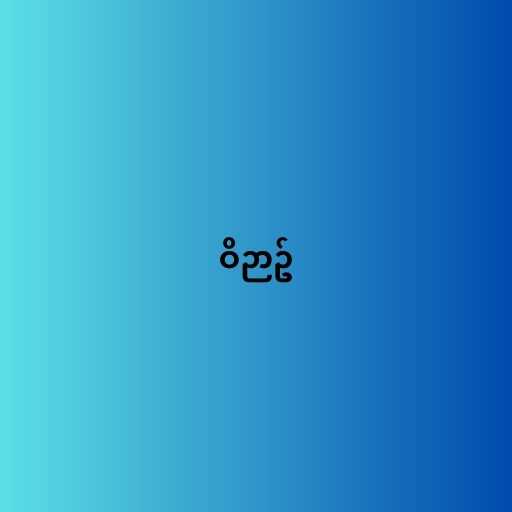
ဝိဉာဥ်